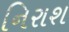
નિરાશ